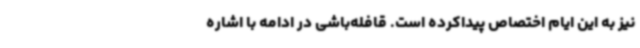
نیز به این ایام اختصاص پیداکرده است. قافله‌باشی در ادامه با اشاره